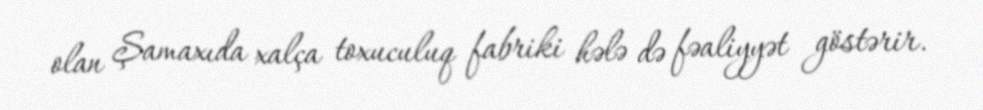
olan Şamaxıda xalça toxuculuq fabriki hələ də fəaliyyət göstərir.